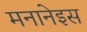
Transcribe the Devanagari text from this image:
मनानेइस